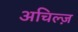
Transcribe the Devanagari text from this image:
अचिल्ज़